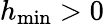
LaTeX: h_{\operatorname*{min}}>0